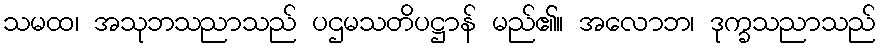
သမထ၊ အသုဘသညာသည် ပဌမသတိပဋ္ဌာန် မည်၏။ အလောဘ၊ ဒုက္ခသညာသည်